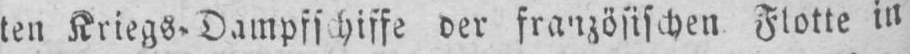
ten Kriegs. Dampfschiffe der französischen Flotte in